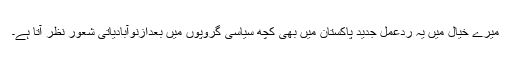
میرے خیال میں یہ ردِعمل جدید پاکستان میں بھی کچھ سیاسی گروپوں میں بعدازنوآبادیاتی شعور نظر آتا ہے۔